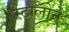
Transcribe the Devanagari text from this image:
स्टालोने